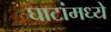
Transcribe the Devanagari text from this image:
घाटांमध्ये